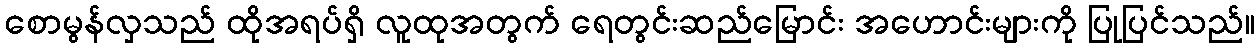
စောမွန်လှသည် ထိုအရပ်ရှိ လူထုအတွက် ရေတွင်းဆည်မြောင်း အဟောင်းများကို ပြုပြင်သည်။